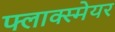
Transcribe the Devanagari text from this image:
फ्लाक्स्मेयर